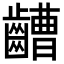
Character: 𪙡